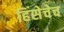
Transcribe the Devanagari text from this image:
हिंसेचेच